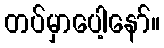
တပ်မှာပေါ့နော်။